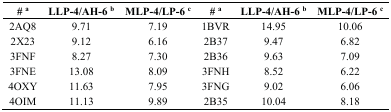
| # a | LLP-4/AH-6 b | MLP-4/LP-6 c | # a | LLP-4/AH-6 b | MLP-4/LP-6 c |
 | --- | --- | --- | --- | --- | --- |
 | 2AQ8 | 9.71 | 7.19 | 1BVR | 14.95 | 10.06 |
 | 2X23 | 9.12 | 6.16 | 2B37 | 9.47 | 6.82 |
 | 3FNF | 8.27 | 7.30 | 2B36 | 9.63 | 7.09 |
 | 3FNE | 13.08 | 8.09 | 3FNH | 8.52 | 6.22 |
 | 4OXY | 11.63 | 7.95 | 3FNG | 9.02 | 6.06 |
 | 4OIM | 11.13 | 9.89 | 2B35 | 10.04 | 8.18 |